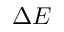
\Delta E